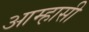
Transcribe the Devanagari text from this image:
आम्हासी